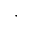
\cdot